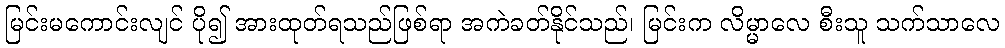
မြင်းမကောင်းလျင် ပို၍ အားထုတ်ရသည်ဖြစ်ရာ အကဲခတ်နိုင်သည်၊ မြင်းက လိမ္မာလေ စီးသူ သက်သာလေ